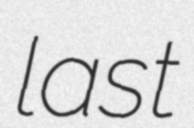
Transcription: last